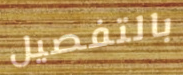
بالتفصيل